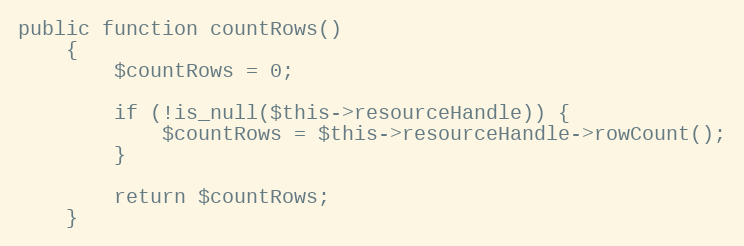
Language: PHP
public function countRows()
    {
        $countRows = 0;

        if (!is_null($this->resourceHandle)) {
            $countRows = $this->resourceHandle->rowCount();
        }

        return $countRows;
    }